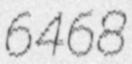
6468